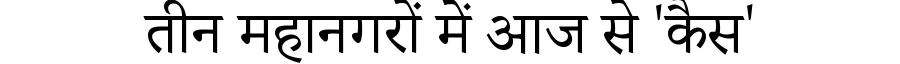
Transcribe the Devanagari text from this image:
तीन महानगरों में आज से 'कैस'